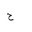
Letter: _ha